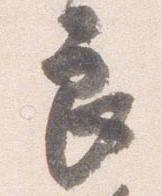
良